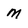
Character: m